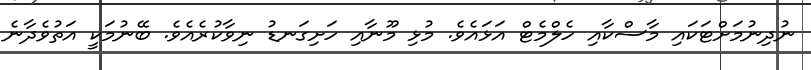
ނުދިނުމަށްޓަކައި މާސްކާއި ހެލްމެޓް އަޅައެވެ. މުޅި މޫނާއި ހަށިގަނޑު ނިވާކުރެއެވެ. ބޭނުމަކީ އަތުވެދާނެ